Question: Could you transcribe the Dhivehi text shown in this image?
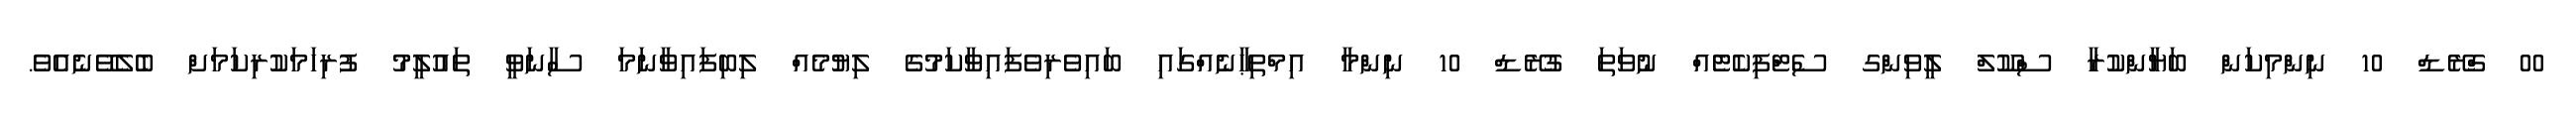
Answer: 00 ގްރޭޑް 10 ނިންމިކަން ބަޔާންކުރާ ސްކޫލް ލީވިންގ ސެޓްފިކެޓެއް ނުވަތަ ގުރޭޑް 10 ނިންމާ އިމްތިޙާނެއްގައި ބައިވެރިވެފައިވާކަމުގެ ލިޔުމެއް ލިބިފައިވާނަމަ ސާނަވީ ތައުލީމު ފުރިހަމަކުރިކަމަށް ބެލެވޭނެއެވެ.